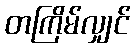
တကြိမ်လျှင်